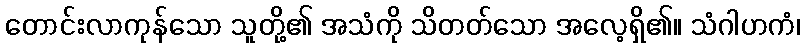
တောင်းလာကုန်သော သူတို့၏ အသံကို သိတတ်သော အလေ့ရှိ၏။ သံဂါဟကံ၊